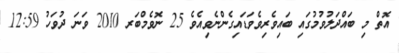
އޮތް މި ބައްދަލުވުމުގައި ބައިވެރިވެވަޑައިގެންނެވިއެވެ 25 ނޮވެމްބަރ 2010 ވަނަ ދުވަހު 12:59